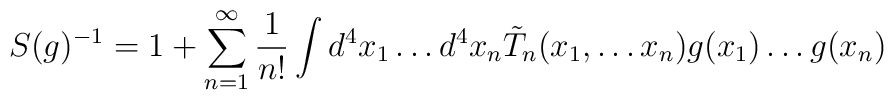
S(g)^{-1}=1+\sum_{n=1}^\infty \frac {1}{n!} \int d^4x_{1}\ldots d^4 x_n \tilde{T}_n(x_1,\ldots x_n)g(x_1)\ldots g(x_n)